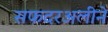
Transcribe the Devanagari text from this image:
सफदरअलीने